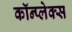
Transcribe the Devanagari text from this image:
कॉन्प्लेक्स